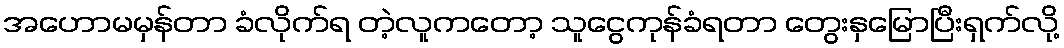
အဟောမမှန်တာ ခံလိုက်ရ တဲ့လူကတော့ သူငွေကုန်ခံရတာ တွေးနှမြောပြီးရှက်လို့